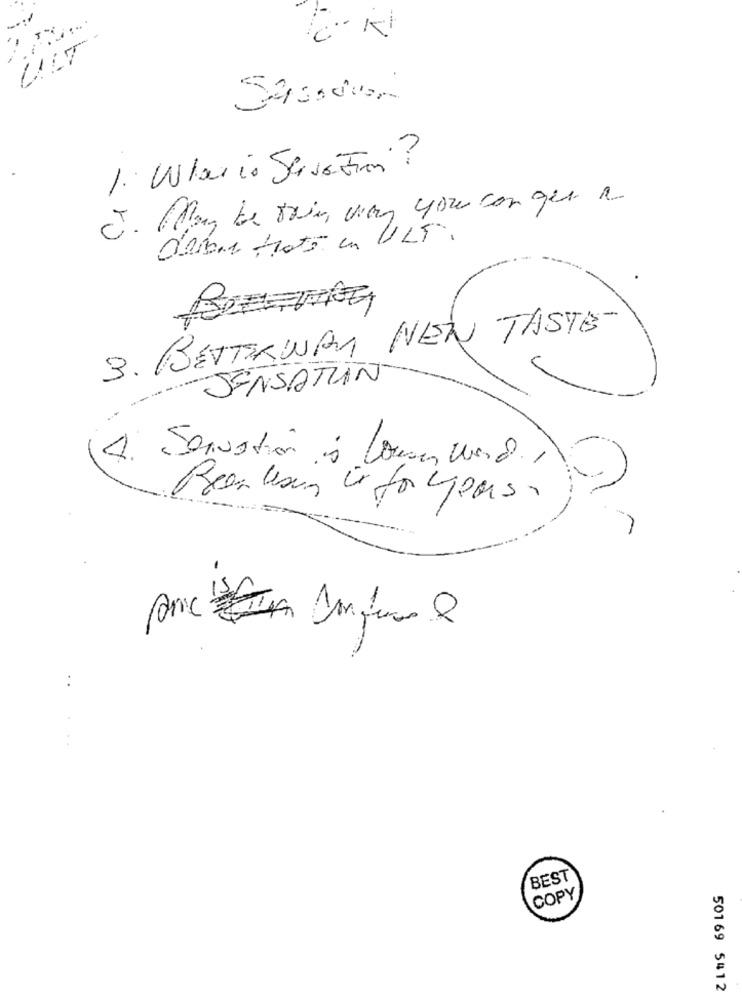
1. Wlario Serve Fin?
J. MMay be this way you can get a
debbie trato en ULT.
3. BETTERWAY NEW TASTE
SENSATION
Servation à Louer wird.
Been leon ar for years.
..
BEST
COPY
50169 5412